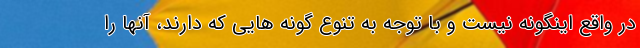
در واقع اینگونه نیست و با توجه به تنوع گونه هایی که دارند، آنها را